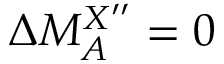
\Delta M _ { A } ^ { X ^ { \prime \prime } } = 0